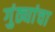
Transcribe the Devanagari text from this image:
गुंठ्यांचा